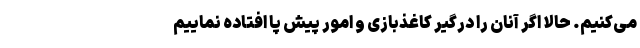
می‌کنیم. حالا اگر آنان را درگیر کاغذبازی و امور پیش پا افتاده نماییم